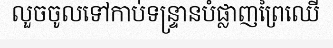
លួចចូលទៅកាប់ទន្ទ្រានបំផ្លាញព្រៃឈើ